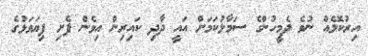
އިރުކޮޅެއް ނުވެ ދެމީހުންގެ ސަމާލުކަމަށް އައީ ދާދި ކައިރިން އިވެން ފެށި ފިޔަވަޅުގެ